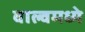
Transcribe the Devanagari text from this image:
वाल्वमध्ये